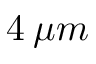
4 \: \mu m